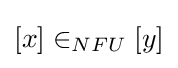
[x]\in _{NFU}[y]